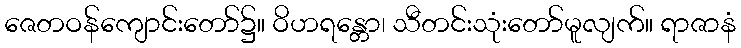
ဇေတဝန်ကျောင်းတော်၌။ ဝိဟရန္တော၊ သီတင်းသုံးတော်မူလျက်။ ရာဇာနံ